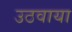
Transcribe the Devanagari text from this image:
उठवाया